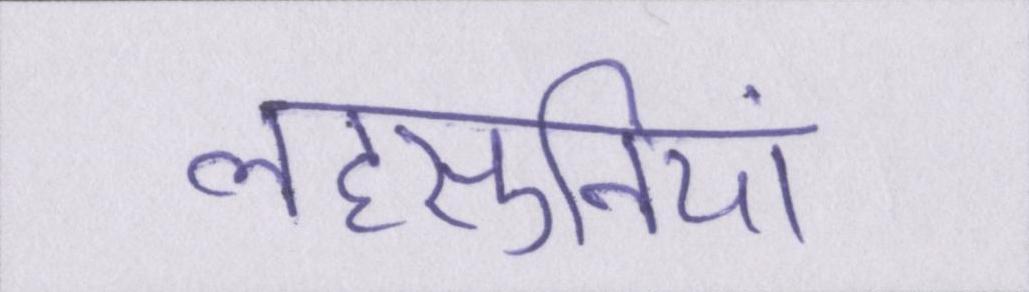
लहसुनियां